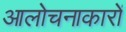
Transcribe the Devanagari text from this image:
आलोचनाकारों